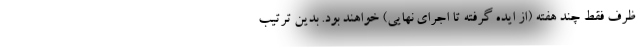
ظرف فقط چند هفته (از ایده گرفته تا اجرای نهایی) خواهند بود. بدین ترتیب